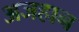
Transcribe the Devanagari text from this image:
अजहान